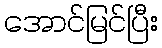
အောင်မြင်ပြီး